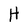
Character: H